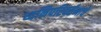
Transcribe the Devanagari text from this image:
ध्वनिपरिवर्तनाचे